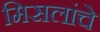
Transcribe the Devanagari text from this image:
मिसलांचे